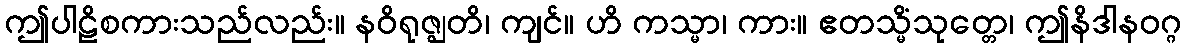
ဤပါဠိစကားသည်လည်း။ နဝိရုဇ္ဈတိ၊ ကျင်။ ဟိ ကသ္မာ၊ ကား။ ဧတသ္မိံသုတ္တေ၊ ဤနိဒါနဝဂ္ဂ